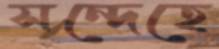
সন্দেহে